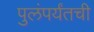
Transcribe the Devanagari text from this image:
पुलंपर्यंतची